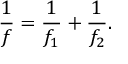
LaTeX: { \frac { 1 } { f } } = { \frac { 1 } { f _ { 1 } } } + { \frac { 1 } { f _ { 2 } } } .